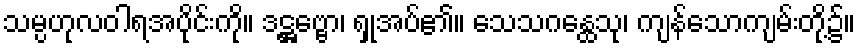
သမ္ပဟုလဝါရအပိုင်းကို။ ဒဋ္ဌဗ္ဗော၊ ရှုအပ်၏။ သေသဂန္ထေသု၊ ကျန်သောကျမ်းတို့၌။